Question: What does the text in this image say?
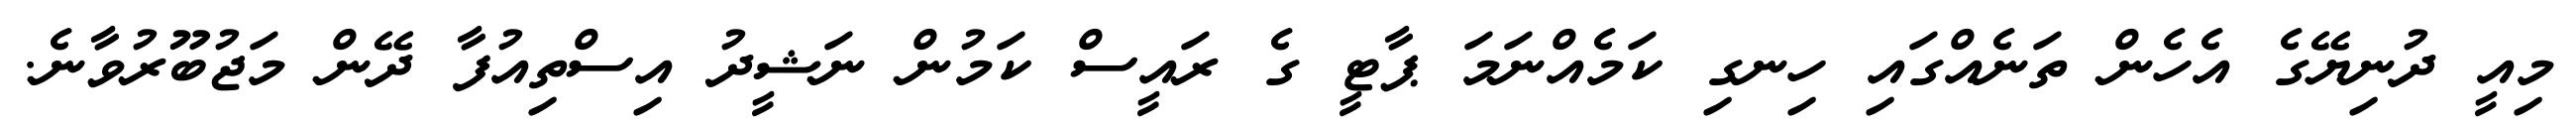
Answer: މިއީ ދުނިޔޭގެ އެހެން ތަނެއްގައި ހިނގި ކަމެއްނަމަ ޕާޓީ ގެ ރައީސް ކަމުން ނަޝީދު އިސްތިއުފާ ދޭން މަޖުބޫރުވާނެ.